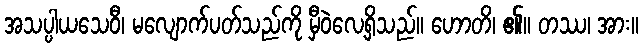
အသပ္ပါယသေဝီ၊ မလျောက်ပတ်သည်ကို မှီဝဲလေ့ရှိသည်။ ဟောတိ၊ ၏။ တဿ၊ အား။